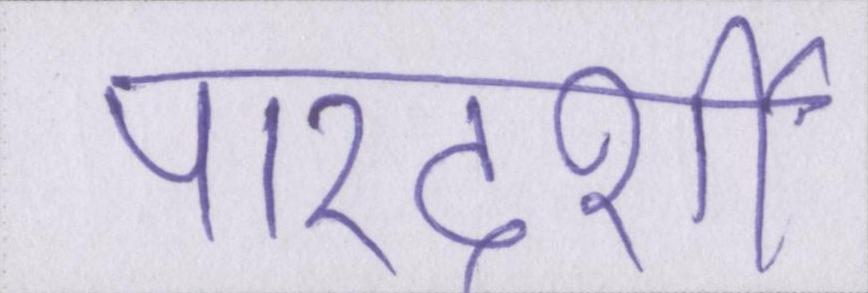
पारदर्शी